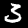
Label: 3